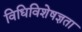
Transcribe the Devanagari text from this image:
विधिविशेषज्ञता